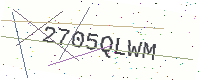
Text: 2705QLWM